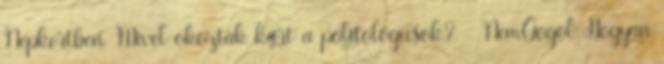
Népkertben. Mivel okoztak kárt a politológusok? - NemGogol Hogyan